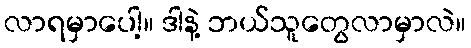
လာရမှာပေါ့။ ဒါနဲ့ ဘယ်သူတွေလာမှာလဲ။